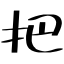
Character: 把